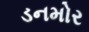
ડનમોર